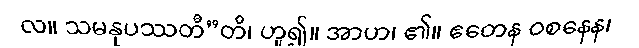
လ။ သမနုပဿတီ”တိ၊ ဟူ၍။ အာဟ၊ ၏။ ဧတေန ဝစနေန၊